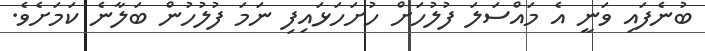
ބުނެފައި ވަނީ އެ މައްސަލަ ފުލުހަށް ހުށަހަޅައިފި ނަމަ ފުލުުހުން ބަލާނެ ކަމަށެވެ.